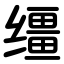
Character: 缰